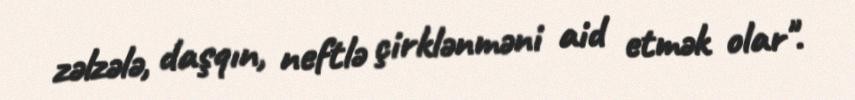
zəlzələ, daşqın, neftlə çirklənməni aid etmək olar".